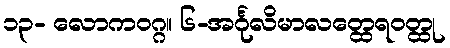
၁၃- လောကဝဂ္ဂ။ ၆-အင်္ဂုလိမာလတ္ထေရဝတ္ထု